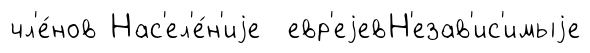
чл'е́нов Нас'ел'е́н'иjе евр'еjевН'езав'ис'имыjе